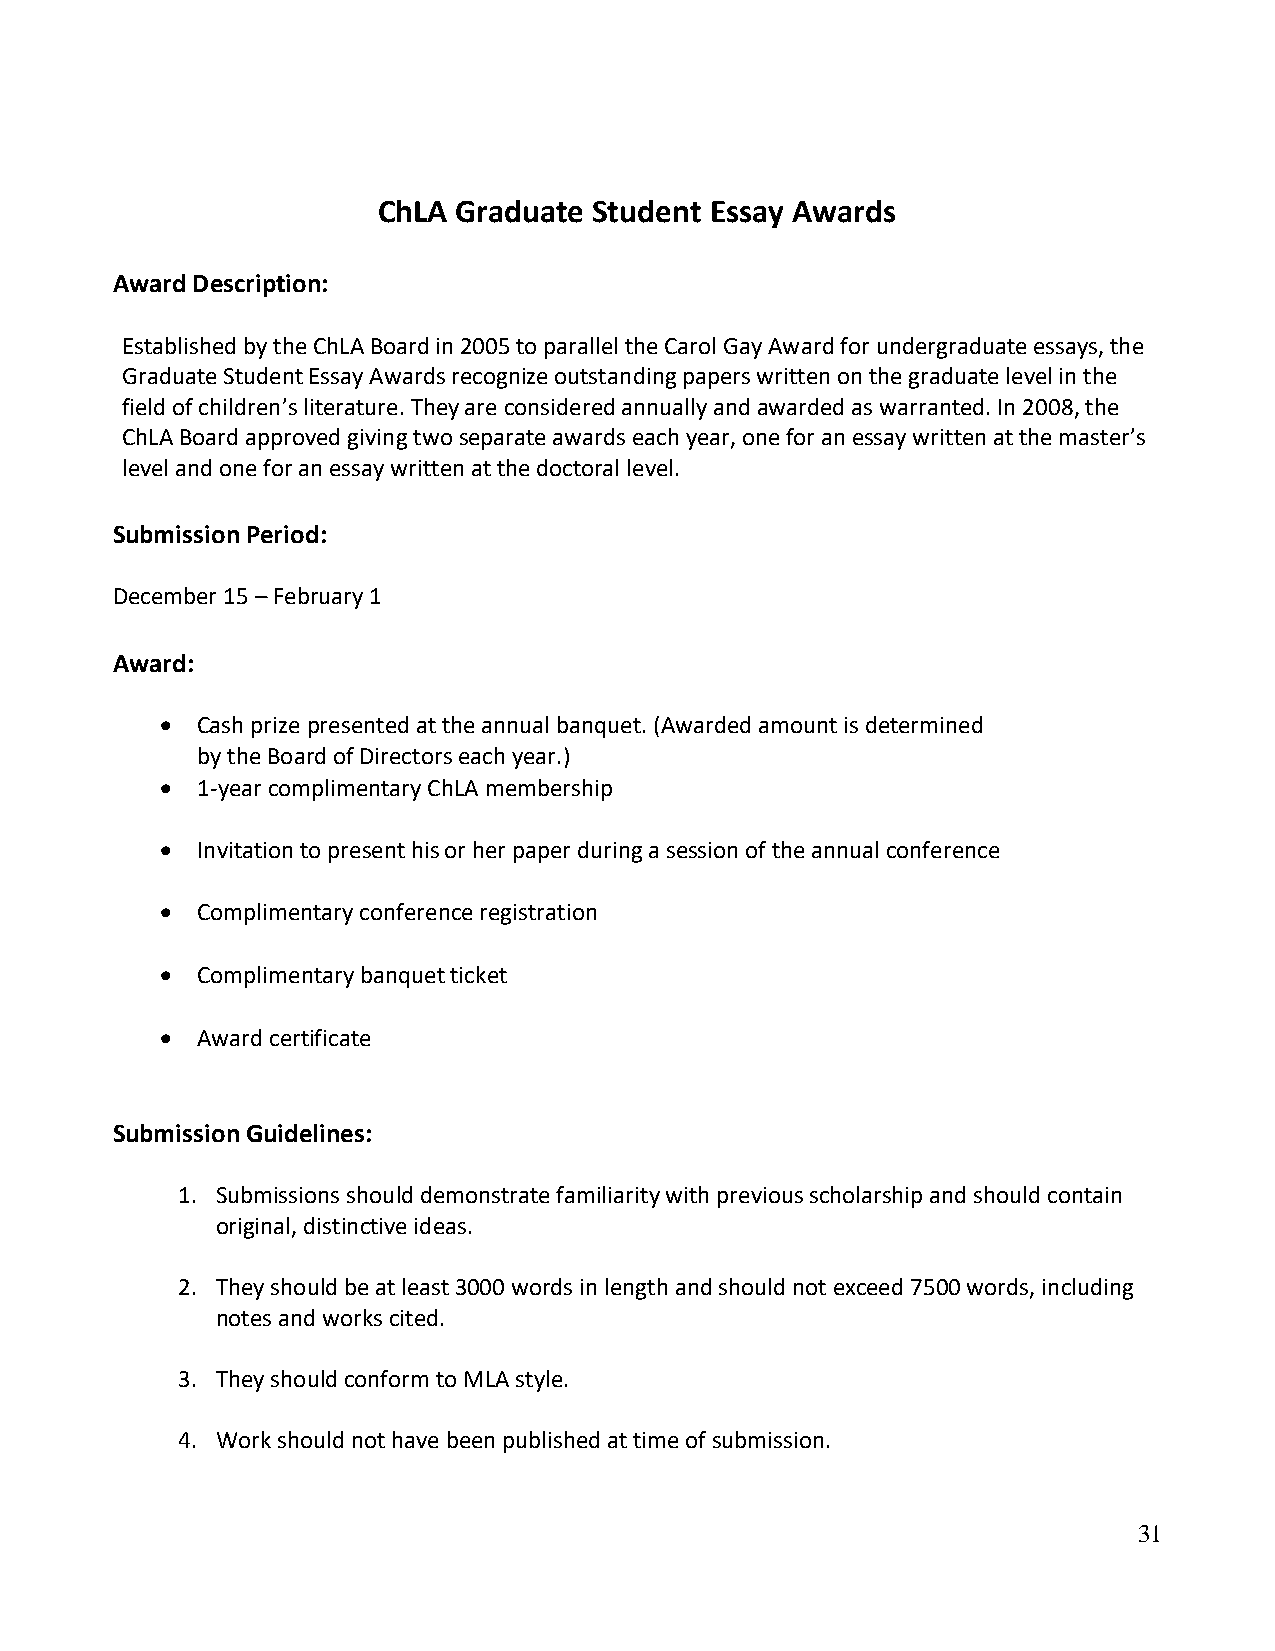
ChLA Graduate Student Essay Awards
 Award Description:
 Established by the ChLA Board in 2005 to parallel the Carol Gay Award for undergraduate essays, the
 Graduate Student Essay Awards recognize outstanding papers written on the graduate level in the
 field of children’s literature. They are considered annually and awarded as warranted. In 2008, the
 ChLA Board approved giving two separate awards each year, one for an essay written at the master’s
 level and one for an essay written at the doctoral level.
 Submission Period:
 December 15 – February 1
 Award:
 • Cash prize presented at the annual banquet. (Awarded amount is determined
 by the Board of Directors each year.)
 • 1-year complimentary ChLA membership
 • Invitation to present his or her paper during a session of the annual conference
 • Complimentary conference registration
 • Complimentary banquet ticket
 • Award certificate
 Submission Guidelines:
 1. Submissions should demonstrate familiarity with previous scholarship and should contain
 original, distinctive ideas.
 2. They should be at least 3000 words in length and should not exceed 7500 words, including
 notes and works cited.
 3. They should conform to MLA style.
 4. Work should not have been published at time of submission.
 31